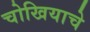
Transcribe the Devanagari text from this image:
चोखियाचे